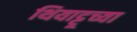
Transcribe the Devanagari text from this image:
थियाट्टूच्या